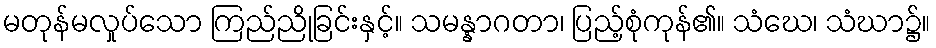
မတုန်မလှုပ်သော ကြည်ညိုခြင်းနှင့်။ သမန္နာဂတာ၊ ပြည့်စုံကုန်၏။ သံဃေ၊ သံဃာ၌။